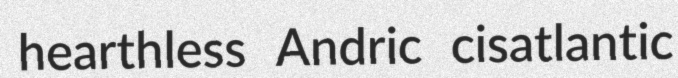
hearthless Andric cisatlantic